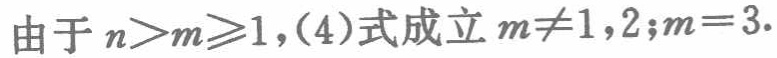
由于 \(n>m\geqslant1\)，(4)式成立 \(m\neq1,2;m = 3\).